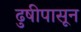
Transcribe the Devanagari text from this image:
ढुषीपासून